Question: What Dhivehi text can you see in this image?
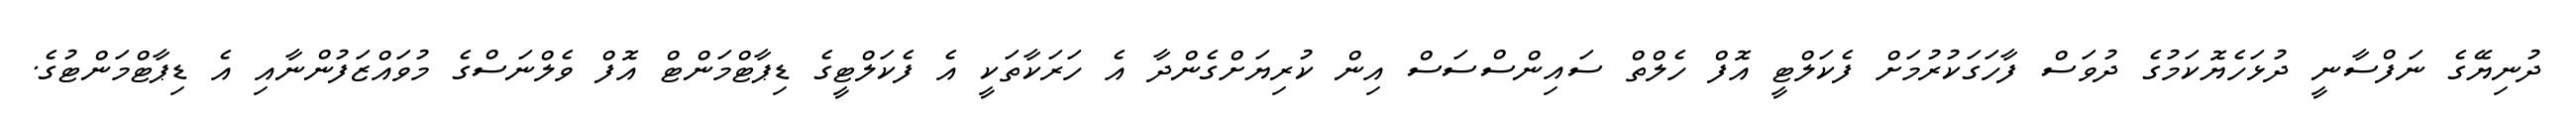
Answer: ދުނިޔޭގެ ނަފްސާނީ ދުޅަހެޔޮކަމުގެ ދުވަސް ފާހަގަކުރުމަށް ފެކަލްޓީ އޮފް ހެލްތް ސައިންސްސަސް އިން ކުރިޔަށްގެންދާ އެ ހަރަކާތަކީ އެ ފެކަލްޓީގެ ޑިޕާޓްމަންޓް އޮފް ވެލްނަސްގެ މުވައްޒަފުންނާއި އެ ޑިޕާޓްމަންޓުގެ.